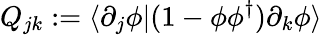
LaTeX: Q_{jk}:=\langle\partial_{j}\phi|({1}-\phi\phi^{\dagger})\partial_{k}\phi\rangle